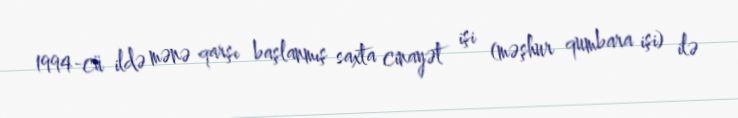
1994-cü ildə mənə qarşı başlanmış saxta cinayət işi (məşhur qumbara işi) ilə